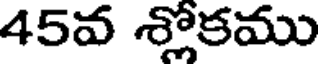
45వ శ్లోకము